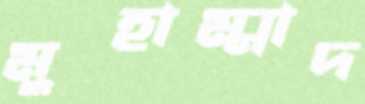
মুহাম্মাদ